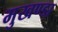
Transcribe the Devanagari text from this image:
मुखण्डा